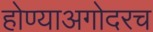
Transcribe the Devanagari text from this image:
होण्याअगोदरच